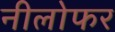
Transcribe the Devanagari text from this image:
नीलोफर